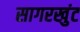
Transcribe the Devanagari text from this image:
सागरखुंट